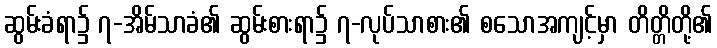
ဆွမ်းခံရာ၌ ၇-အိမ်သာခံ၏ ဆွမ်းစားရာ၌ ၇-လုပ်သာစား၏ စသောအကျင့်မှာ တိတ္တိတို့၏